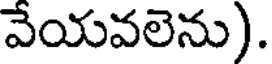
వేయవలెను).